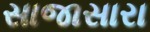
સાજાસારા